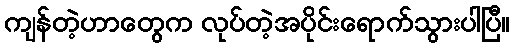
ကျန်တဲ့ဟာတွေက လုပ်တဲ့အပိုင်းရောက်သွားပါပြီ။